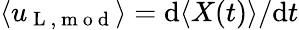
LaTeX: \langle u_{\mathrm{~L~,~m~o~d~}}\rangle=\mathrm{d}\langle X(t)\rangle/\mathrm{d}t